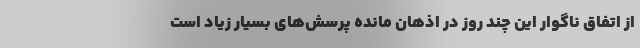
از اتفاق ناگوار این چند روز در اذهان مانده پرسش‌های بسیار زیاد است